Development of the Leishman-Donovan parasite in Cimex rotundatus - Number 31
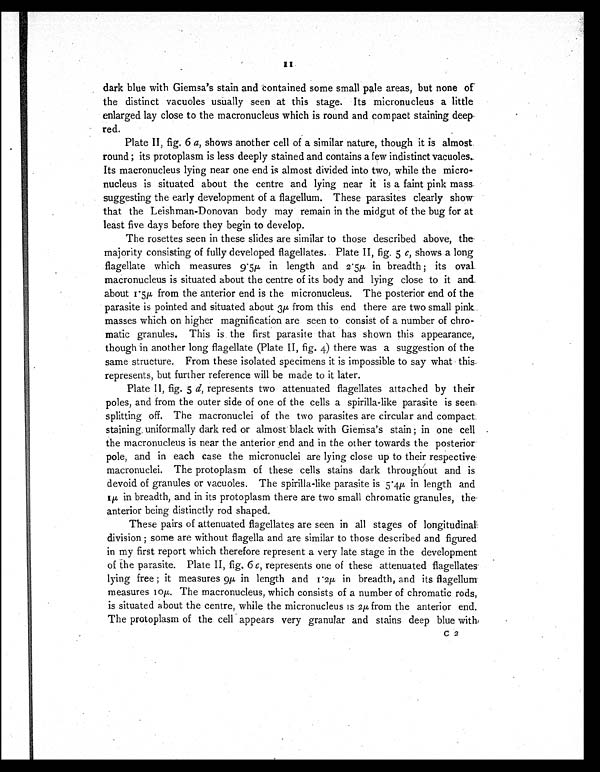
dark blue with Giemsa's stain and contained some small pale areas, but none of -
the distinct vacuoles usually seen at this stage. Its micronucleus a little
enlarged lay close to the macronucleus which is round and compact staining deep.
red.
Plate 11, fig. 6 a, shows another cell of a similar nature, though it is almost.
round its protoplasm is less deeply stained and contains a few indistinct vacuoles.
Its macronucleus lying near one end is almost divided into two, while the micro-
nucleus is situated about the centre and lying near it is a faint pink mass.
suggesting the early development of a flagellum. These parasites clearly show
that the Leishman-Donovan body may remain in the midgut of the bug for at
least five days before they begin to develop.
The rosettes seen in these slides are similar to those described above, the
majority consisting of fully developed flagellates. Plate 11, fig. 5 c, shows a long
flagellate which measures 9 . 5µ in length and 2 . 5µ in breadth; its oval.
macronucleus is situated about the centre of its body and lying close to it and.
about 1.5µ from the anterior end is the micronucleus. The posterior end of the
parasite is pointed and situated about 3µ from this end there are two small pink
masses which on higher magnification are seen to consist of a number of chro-
matic granules. This is the first parasite that has shown this appearance,
though in another long flagellate (Plate 11, fig. 4) there was a suggestion of the
same structure. From these isolated specimens it is impossible to say what this.
represents, but further reference will be made to it later.
Plate 11, fig. 5 d, represents two attenuated flagellates attached by their
poles, and from the outer side of one of the cells a spirilla-like parasite is seen.
splitting off. The macronuclei of the two parasites are circular and compact.
staining uniformally dark red or almost black with Giemsa's stain ; in one cell
the macronucleus is near the anterior end and in the other towards the posterior
pole, and in each case the micronuclei are lying close up to their respective
macronuclei. The protoplasm of these cells stains dark throughout and is
devoid of granules or vacuoles. The spirilla-like parasite is 5.4µ in length and
1µ in breadth, and in its protoplasm there are two small chromatic granules, the
anterior being distinctly rod shaped.
These pairs of attenuated flagellates are seen in all stages of longitudinal
division ; some are without flagella and are similar to those described and figured
in my first report which therefore represent a very late stage in the development
of the parasite. Plate 11, fig. 6 c, represents one of these attenuated flagellates
lying free ; it measures 9µ in length and 1. 2µ in breadth, and its flagellum
measures 10µ. The macronucleus, which consists of a number of chromatic rods,
is situated about the centre, while the micronucleus is 2µ from the anterior end.
The protoplasm of the cell appears very granular and stains deep blue with
C 2